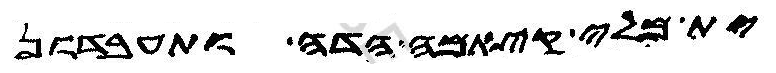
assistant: ית מלי קיאמה הדה ותעבדון